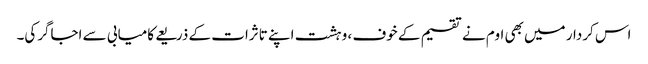
اس کردار میں بھی اوم نے تقسیم کے خوف ، وہشت اپنے تاثرات کے ذریعے کامیابی سے اجاگرکی۔